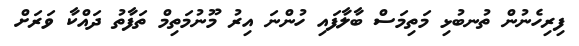
ފިރިހެނުން ތުނބުޅި މަތިމަސް ބާލާފައި ހުންނަ އިރު މޫނުމަތިމް ތަފާތު ދައްކާ ވަރަށް